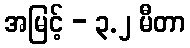
အမြင့် - ၃.၂ မီတာ